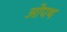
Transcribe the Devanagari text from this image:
ओपथ